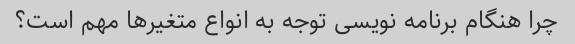
چرا هنگام برنامه نویسی توجه به انواع متغیرها مهم است؟